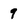
Character: 9